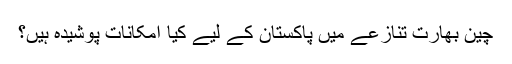
چین بھارت تنازعے میں پاکستان کے لیے کیا امکانات پوشیدہ ہیں؟